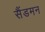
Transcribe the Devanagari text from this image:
सैंडमन